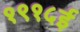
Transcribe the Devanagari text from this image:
१९१५ई